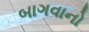
બાગવાનો